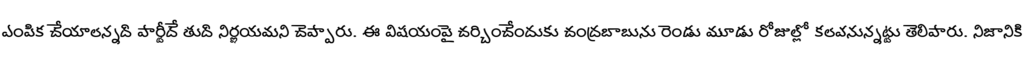
ఎంపిక చేయాలన్నది పార్టీదే తుది నిర్ణయమని చెప్పారు. ఈ విషయంపై చర్చించేందుకు చంద్రబాబును రెండు మూడు రోజుల్లో కలవనున్నట్టు తెలిపారు. నిజానికి